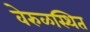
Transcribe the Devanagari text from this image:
वेरुळस्थित